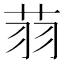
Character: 𦭳